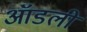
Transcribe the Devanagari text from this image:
ऑडली